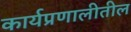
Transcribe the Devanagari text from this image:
कार्यप्रणालीतील